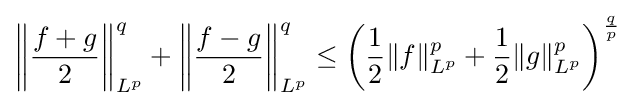
\left\|{\frac {f+g}{2}}\right\|_{L^{p}}^{q}+\left\|{\frac {f-g}{2}}\right\|_{L^{p}}^{q}\leq \left({\frac {1}{2}}\|f\|_{L^{p}}^{p}+{\frac {1}{2}}\|g\|_{L^{p}}^{p}\right)^{\frac {q}{p}}